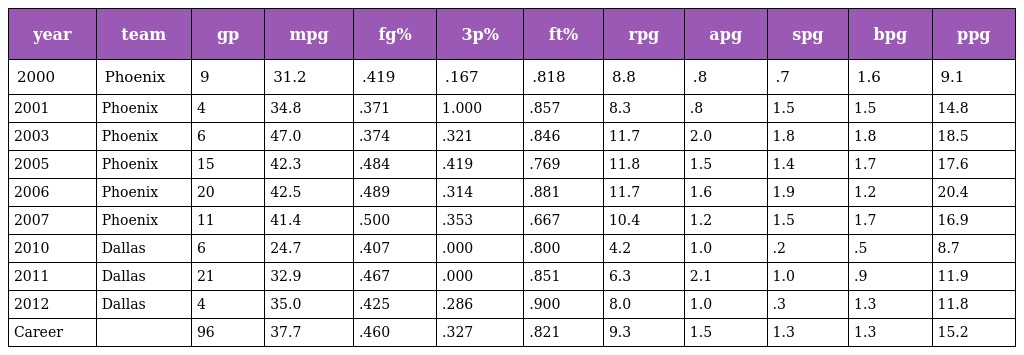
| year | team | gp | mpg | fg% | 3p% | ft% | rpg | apg | spg | bpg | ppg |
 | --- | --- | --- | --- | --- | --- | --- | --- | --- | --- | --- | --- |
 | 2000 | Phoenix | 9 | 31.2 | .419 | .167 | .818 | 8.8 | .8 | .7 | 1.6 | 9.1 |
 | 2001 | Phoenix | 4 | 34.8 | .371 | 1.000 | .857 | 8.3 | .8 | 1.5 | 1.5 | 14.8 |
 | 2003 | Phoenix | 6 | 47.0 | .374 | .321 | .846 | 11.7 | 2.0 | 1.8 | 1.8 | 18.5 |
 | 2005 | Phoenix | 15 | 42.3 | .484 | .419 | .769 | 11.8 | 1.5 | 1.4 | 1.7 | 17.6 |
 | 2006 | Phoenix | 20 | 42.5 | .489 | .314 | .881 | 11.7 | 1.6 | 1.9 | 1.2 | 20.4 |
 | 2007 | Phoenix | 11 | 41.4 | .500 | .353 | .667 | 10.4 | 1.2 | 1.5 | 1.7 | 16.9 |
 | 2010 | Dallas | 6 | 24.7 | .407 | .000 | .800 | 4.2 | 1.0 | .2 | .5 | 8.7 |
 | 2011 | Dallas | 21 | 32.9 | .467 | .000 | .851 | 6.3 | 2.1 | 1.0 | .9 | 11.9 |
 | 2012 | Dallas | 4 | 35.0 | .425 | .286 | .900 | 8.0 | 1.0 | .3 | 1.3 | 11.8 |
 | Career |  | 96 | 37.7 | .460 | .327 | .821 | 9.3 | 1.5 | 1.3 | 1.3 | 15.2 |